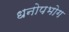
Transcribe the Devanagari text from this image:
धनोपभोग